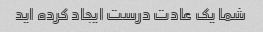
شما یک عادت درست ایجاد کرده اید